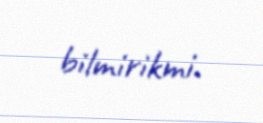
bilmirikmi.